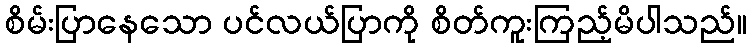
စိမ်းပြာနေသော ပင်လယ်ပြာကို စိတ်ကူးကြည့်မိပါသည်။